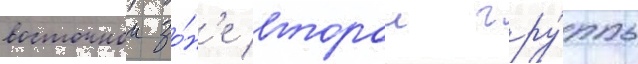
восточнои зо́н'е второи гру́ппы